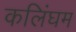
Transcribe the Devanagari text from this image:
कलिंघम